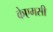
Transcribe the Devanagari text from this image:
केएमसी